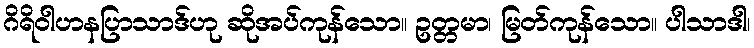
ဂိရိဝါဟနပြာသာဒ်ဟု ဆိုအပ်ကုန်သော။ ဥတ္တမာ၊ မြတ်ကုန်သော။ ပါသာဒါ၊